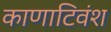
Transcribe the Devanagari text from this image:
काणाटिवंश